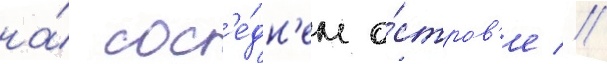
на́ сос'е́дн'ем о́стров'е //